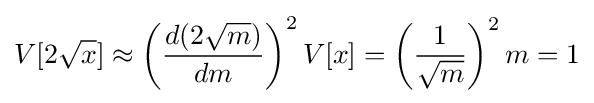
V[2{\sqrt {x}}]\approx \left({\frac {d(2{\sqrt {m}})}{dm}}\right)^{2}V[x]=\left({\frac {1}{\sqrt {m}}}\right)^{2}m=1